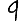
Digit: 9